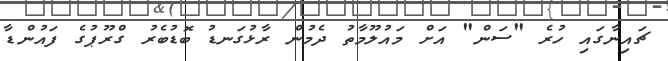
ޗައިނާގައި ހުރެ "ސަން" އަށް މައުލޫމާތު ދެމުން ރާޅުގަނޑު ބޮޑުބެރު ގްރޫޕުގެ ފައުންޑާ